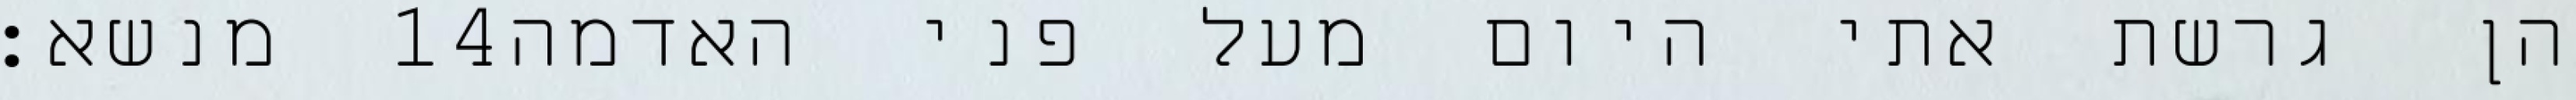
מנשא׃ ‎14‏ הן גרשת אתי היום מעל פני האדמה